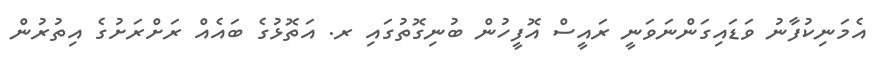
އެމަނިކުފާނު ވަޑައިގަންނަވަނީ ރައީސް އޮފީހުން ބުނިގޮތުގައި ރ. އަތޮޅުގެ ބައެއް ރަށްރަށުގެ އިތުރުން